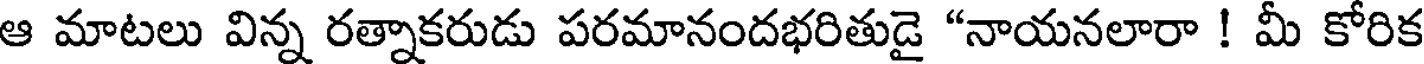
ఆ మాటలు విన్న రత్నాకరుడు పరమానందభరితుడై "నాయనలారా ! మీ కోరిక